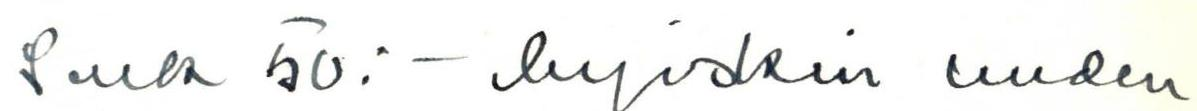
Smk 50:- myöskin uuden